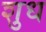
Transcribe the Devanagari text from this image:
शुध